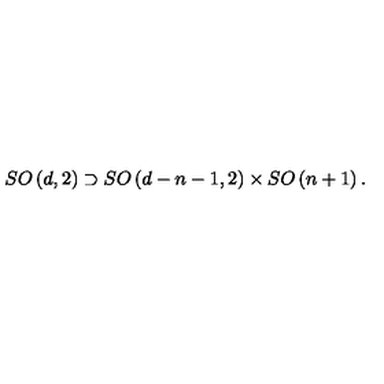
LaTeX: S O \left( d , 2 \right) \supset S O \left( d - n - 1 , 2 \right) \times S O \left( n + 1 \right) .